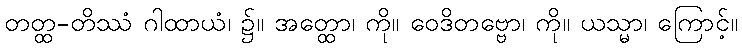
တတ္ထ-တိဿံ ဂါထာယံ၊ ၌။ အတ္ထော၊ ကို။ ဝေဒိတဗ္ဗော၊ ကို။ ယသ္မာ၊ ကြောင့်။